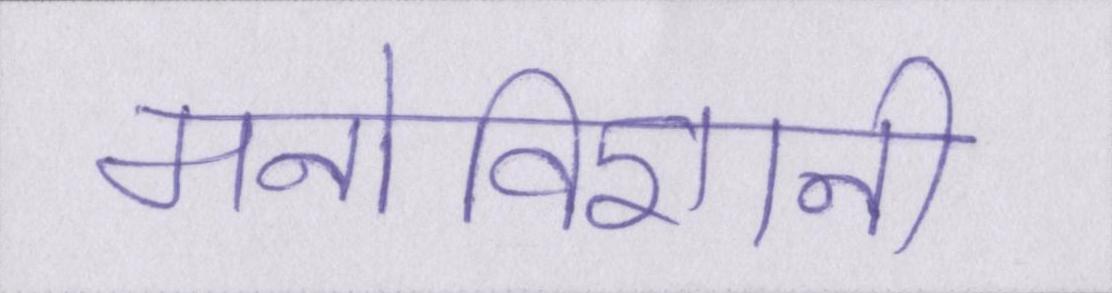
मनोविज्ञानी